65_HS1-834228961_62-HQ-83894_Section_9
Agency: FBI
Page 269
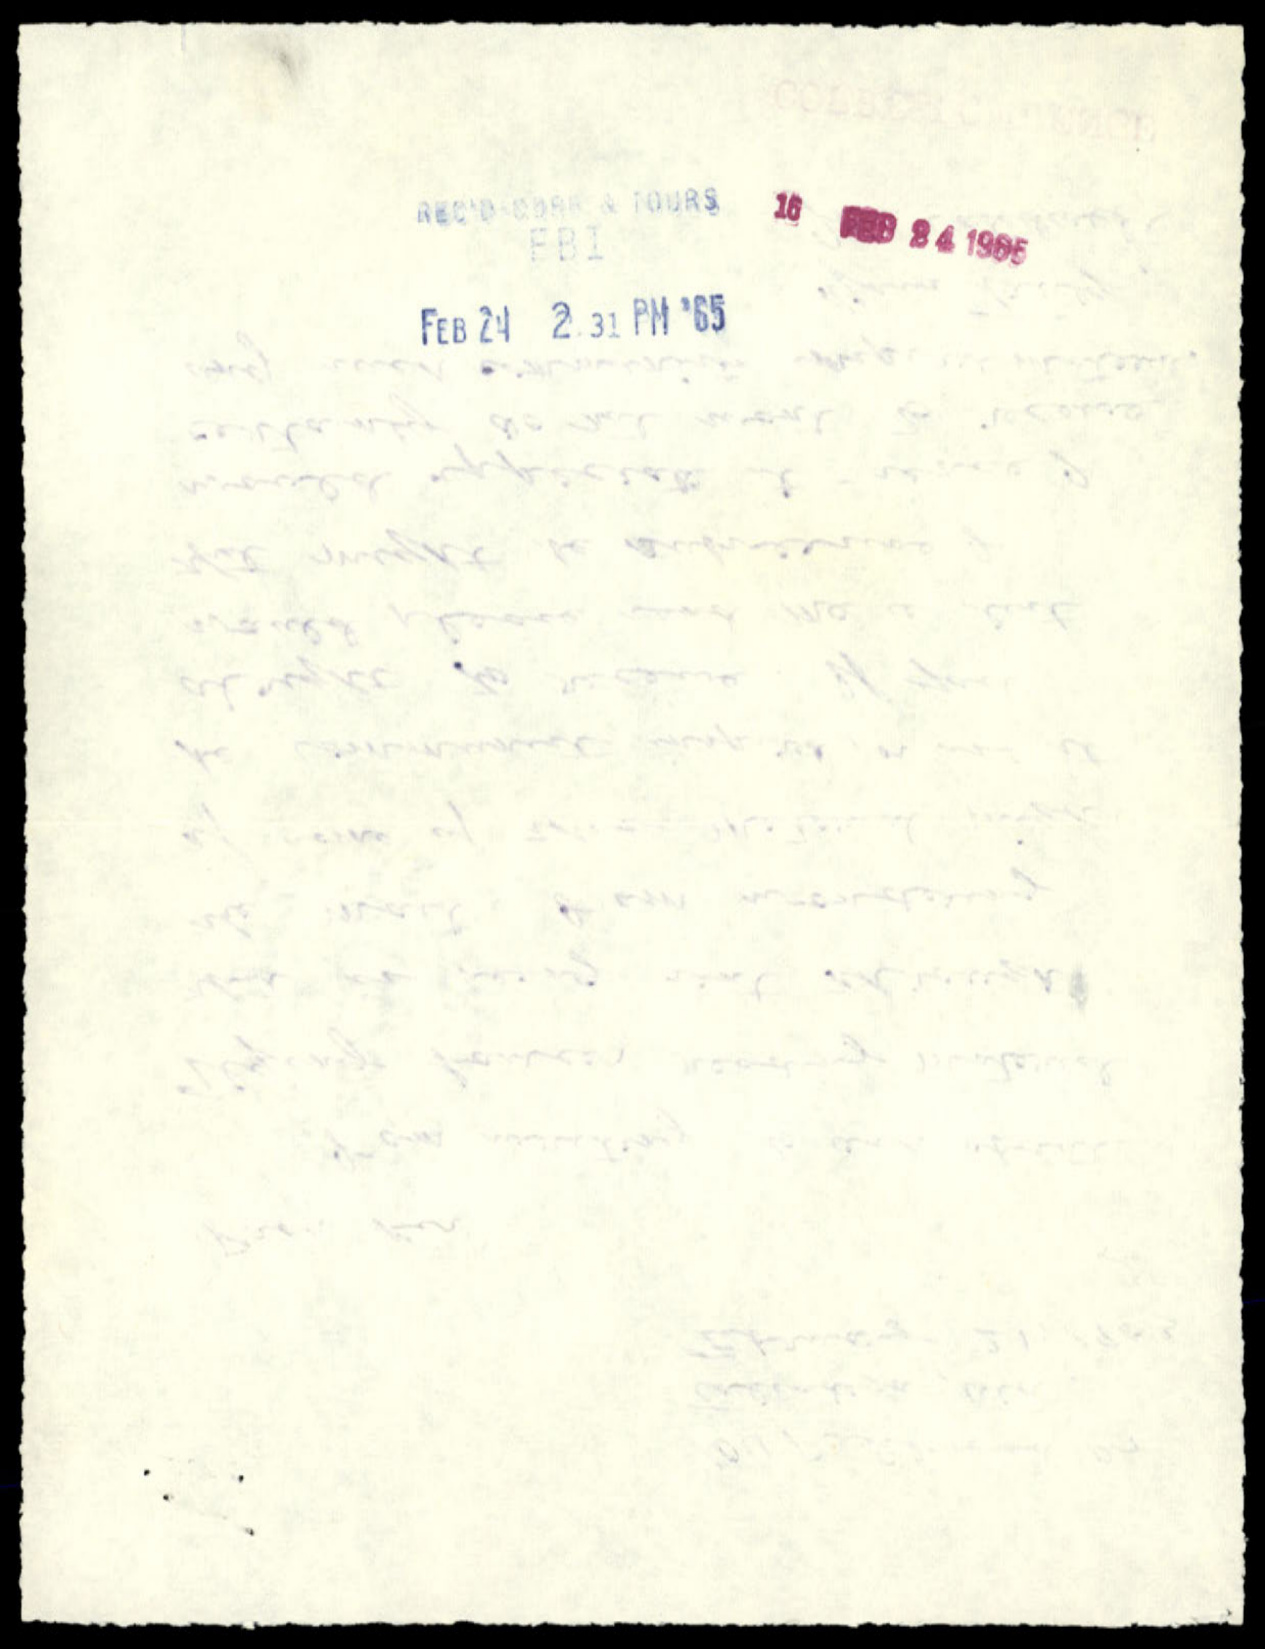